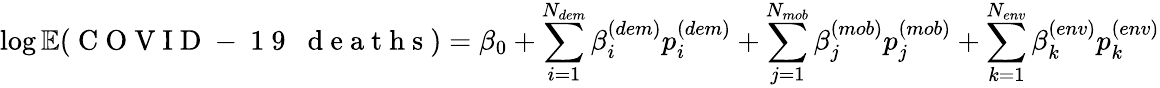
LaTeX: \log{\mathbb{E}(\mathrm{~C~O~V~I~D~-~1~9~\; ~d~e~a~t~h~s~})}=\beta_{0}+\sum_{i=1}^{N_{dem}}\beta_{i}^{(dem)}p_{i}^{(dem)}+\sum_{j=1}^{N_{mob}}\beta_{j}^{(mob)}p_{j}^{(mob)}+\sum_{k=1}^{N_{env}}\beta_{k}^{(env)}p_{k}^{(env)}